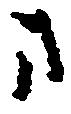
方